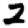
Digit: 2